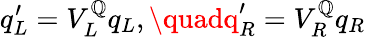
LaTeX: q_{L}^{\prime}=V_{L}^{\mathbb{Q}}q_{L},\quadq_{R}^{\prime}=V_{R}^{\mathbb{Q}}q_{R}